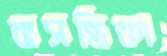
বাসন্তিকা